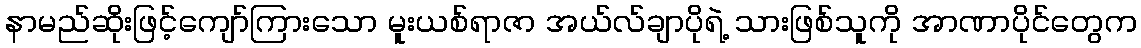
နာမည်ဆိုးဖြင့်ကျော်ကြားသော မူးယစ်ရာဇာ အယ်လ်ချာပိုရဲ့ သားဖြစ်သူကို အာဏာပိုင်တွေက